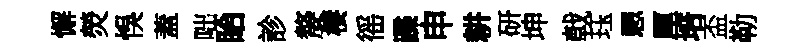
懈熒悞蓋咄眙診嫠棲徭蹀申耕研坤戟珏愳厘培盃勒